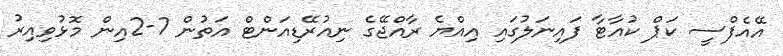
އޭއެފްސީ ކަޕް ކުއާޓާ ފައިނަލުގައި އިއްޔެ ރާއްޖޭގެ ނިއުރޭޑިއަންޓް އަތުން 7-2އިން މޮޅުވިއިރު